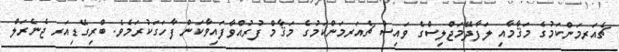
ޗެއަރމަންކަމުގެ މަޤާމާއި ލަފާދޭމަޖްލިސްގެ ވައިސް ޗެއަރމަންކަމުގެ މަޤާމް ފުރުއްވާފައިވާކަން ފާހަގަކުރަމެވެ. ބްރިގޭޑިއަރ ޖެނެރަލް